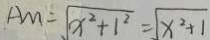
A M = \sqrt { x ^ { 2 } + 1 ^ { 2 } } = \sqrt { x ^ { 2 } + 1 }